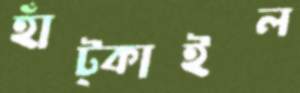
হাঁট্‌কাইল